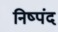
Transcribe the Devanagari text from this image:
निष्पंद